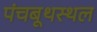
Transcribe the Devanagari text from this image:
पंचबूथस्थल